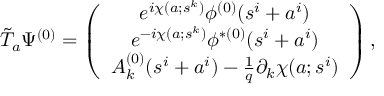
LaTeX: \tilde { T } _ { a } \Psi ^ { ( 0 ) } = \left( \begin{array} { c } { { e ^ { i \chi ( a ; s ^ { k } ) } \phi ^ { ( 0 ) } ( s ^ { i } + a ^ { i } ) } } \\ { { e ^ { - i \chi ( a ; s ^ { k } ) } \phi ^ { \ast ( 0 ) } ( s ^ { i } + a ^ { i } ) } } \\ { { A _ { k } ^ { ( 0 ) } ( s ^ { i } + a ^ { i } ) - \frac { 1 } { q } \partial _ { k } \chi ( a ; s ^ { i } ) } } \end{array} \right) ,